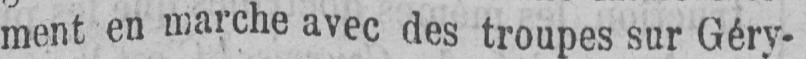
ment en marche avec des troupes sur Géry-